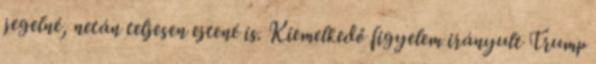
jegelné, netán teljesen ejtené is. Kiemelkedő figyelem irányult Trump